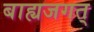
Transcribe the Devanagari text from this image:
बाह्यजगत्